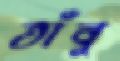
তাঁবু